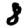
Digit: 8